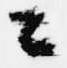
々